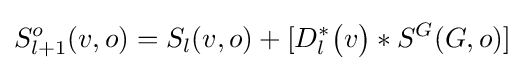
S_{l+1}^{o}(v,o)=S_{l}(v,o)+[D_{l}^{*}{\bigl (}v{\bigr )}*S^{G}(G,o)]